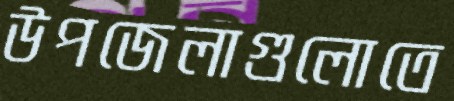
উপজেলাগুলোতে